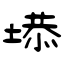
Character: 塨